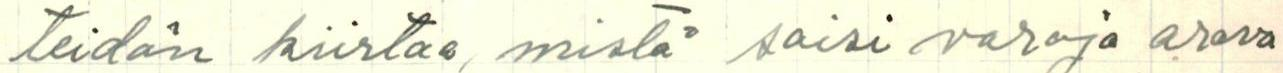
teidän kiistaa, mistä saisi varoja arava